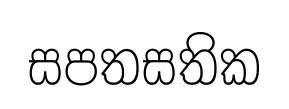
සපතසතික